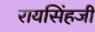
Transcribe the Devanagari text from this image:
रायसिंहजी